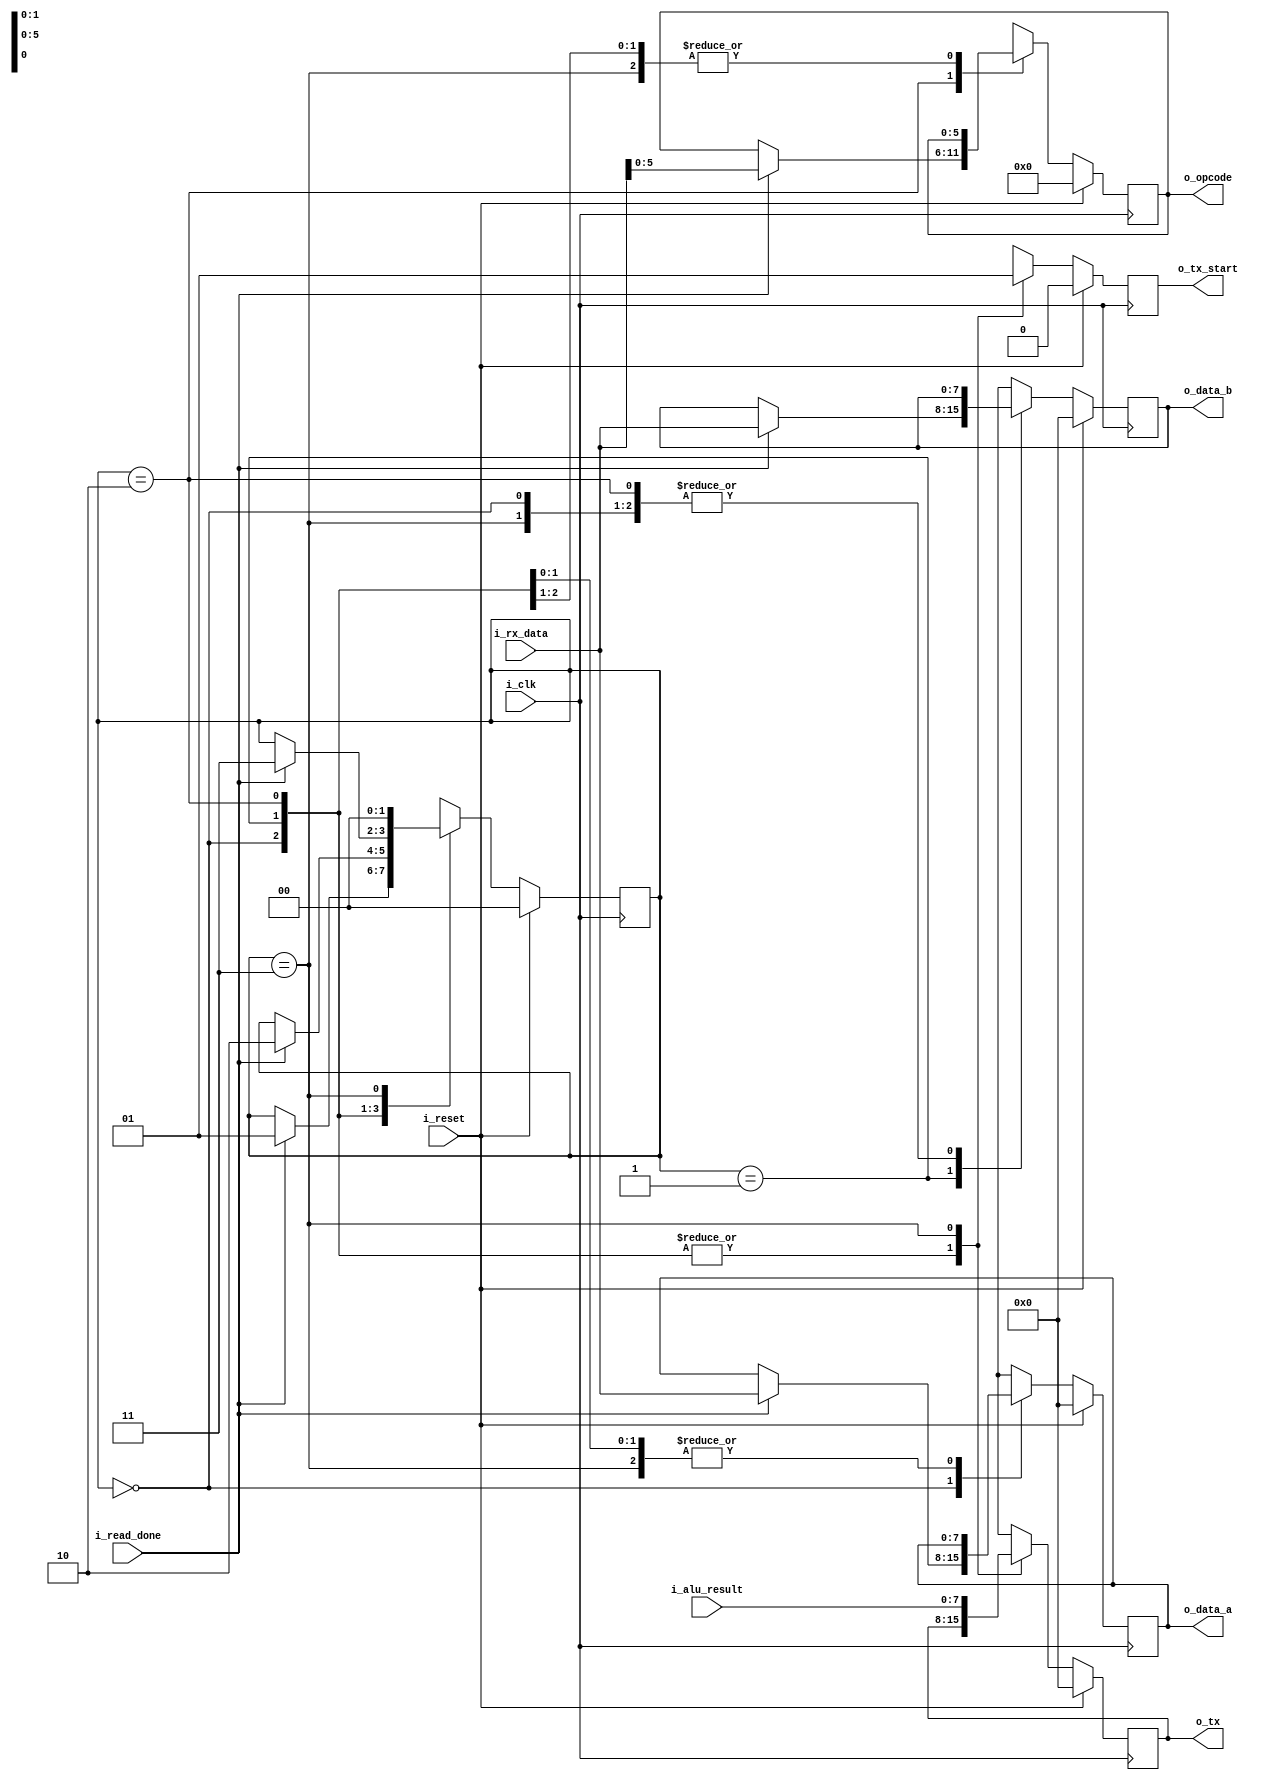
`timescale 1ns / 1ps

module ALU_interface
#(
    parameter DATA_SIZE   = 8,
    parameter OPCODE_SIZE = 6
)
(
    input i_clk, i_reset,
    input i_read_done,                      // Avisa cuando Rx termino de leer un dato
    input [DATA_SIZE - 1 : 0] i_rx_data,    // Dato recibido por Rx
    input [DATA_SIZE - 1 : 0] i_alu_result, // Resultado de la ALU

    output o_tx_start,                      // Inicio de la transmicion
    output [DATA_SIZE - 1 : 0] o_tx,        // Dato a transmitir
    output [DATA_SIZE - 1 : 0] o_data_a,   
    output [DATA_SIZE - 1 : 0] o_data_b,
    output [OPCODE_SIZE - 1 : 0] o_opcode
);
    // Estados
    localparam read_a  = 2'b00;
    localparam read_b  = 2'b01;
    localparam read_op = 2'b10;
    localparam result  = 2'b11;

    reg [1 : 0] state_reg, state_next;

    reg tx_reg, tx_next;
    reg [DATA_SIZE - 1 : 0] result_reg, result_next;
    reg [DATA_SIZE - 1 : 0] data_a_reg, data_a_next;
    reg [DATA_SIZE - 1 : 0] data_b_reg, data_b_next;
    reg [OPCODE_SIZE - 1 : 0] opcode_reg, opcode_next;


    // Estados
        always @(posedge i_clk) begin
        if (i_reset) begin
            state_reg <= read_a;
            result_reg <= 0;
            data_a_reg <= 0;
            data_b_reg <= 0;
            opcode_reg <= 0;
            tx_reg <= 0;
        end
        else begin
            state_reg <= state_next;
            result_reg <= result_next;
            data_a_reg <= data_a_next;
            data_b_reg <= data_b_next;
            opcode_reg <= opcode_next;
            tx_reg <= tx_next;
        end
    end

     always @(*) begin
        state_next  = state_reg;
        result_next = result_reg;
        data_a_next = data_a_reg;
        data_b_next = data_b_reg;
        opcode_next = opcode_reg;
        tx_next   = 1'b0;

        case (state_reg)

            read_a: begin
                if (i_read_done) begin
                    data_a_next = i_rx_data; // Escribe el ultimo bit        
                    state_next = read_b;     // Cambio de estado
                end
            end

            read_b: begin
                if (i_read_done) begin
                    data_b_next = i_rx_data;        
                    state_next = read_op;
                end
            end

            read_op: begin
                if (i_read_done) begin
                    opcode_next = i_rx_data[OPCODE_SIZE - 1: 0];        
                    state_next = result;
                end
            end

            result: begin
                result_next = i_alu_result; // Guarda el resultado de la operacion
                tx_next = 1'b1;             // Avisa a Tx para transmitir
                state_next = read_a;        // Resetea al primer estado
            end

            default: begin
                state_next = read_a;
            end
    endcase
    end

    // OUTPUTS
    assign o_tx_start = tx_reg;
    assign o_tx = result_reg;
    assign o_data_a = data_a_reg;
    assign o_data_b = data_b_reg;
    assign o_opcode = opcode_reg;

endmodule